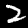
Label: 2